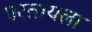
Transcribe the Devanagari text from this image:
परतायला